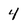
Character: 4